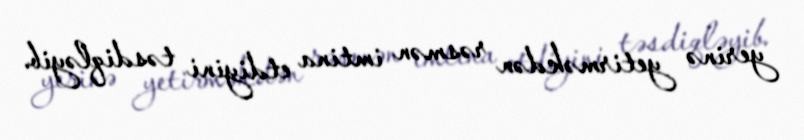
yerinə yetirməkdən rəsmən imtina etdiyini təsdiqləyib.